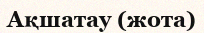
Ақшатау (жота)